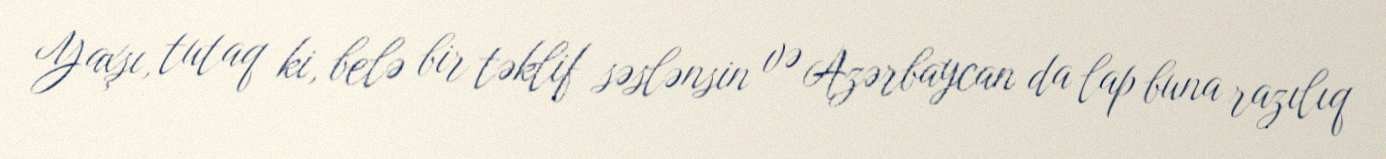
Yaxşı, tutaq ki, belə bir təklif səslənsin və Azərbaycan da lap buna razılıq